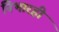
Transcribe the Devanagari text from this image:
निभारही